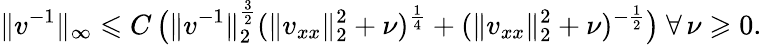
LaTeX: \| v^{-1}\| _{\infty}\leqslant C\, \bigl(\| v^{-1}\| _{2}^{\frac{3}{2}}(\| v_{xx}\| _{2}^{2}+\nu)^{\frac{1}{4}}+(\| v_{xx}\| _{2}^{2}+\nu)^{-\frac{1}{2}}\bigr)\ \forall\, \nu\geqslant 0.